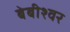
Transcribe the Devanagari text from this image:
बेबीश्वर